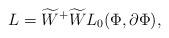
LaTeX: \begin{align*}L={\widetilde{W}}^{+}\widetilde{W}L_{0}(\Phi,\partial\Phi),\end{align*}